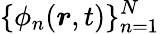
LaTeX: \{ \phi_{n}(\boldsymbol{r},t)\} _{n=1}^{N}